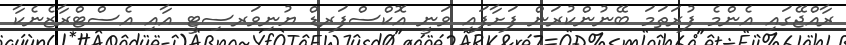
ރާއްޖޭގައި އެންމެ ފުރަތަމަ ބޭނުންކުރަން ފަށާފައި ވަނީ އޮކްސްފަރޑް ޔުނިވަރސިޓީ އާއި އެސްޓްރާޒެނެކާ